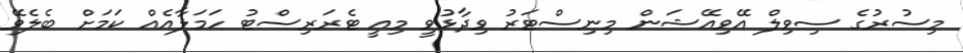
މިސުރުގެ ސިވިލް އޭވިއޭޝަން މިނިސްޓަރު ވިދާޅުވީ މިއީ ޓެރަރިސްޓު ހަމަލާއެއް ކަމަށް ބެލެވޭ